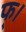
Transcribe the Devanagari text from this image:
फ्।